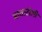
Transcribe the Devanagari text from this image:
माताटोली